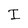
Character: I